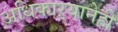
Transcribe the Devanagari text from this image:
अधिकाऱ्यानेही